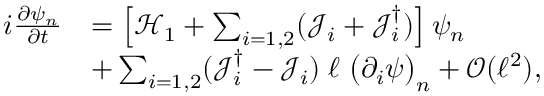
\begin{array} { r } { \begin{array} { r l } { i \frac { \partial \psi _ { n } } { \partial t } } & { = \left[ \mathcal { H } _ { 1 } + \sum _ { i = 1 , 2 } ( \mathcal { J } _ { i } + \mathcal { J } _ { i } ^ { \dagger } ) \right] \psi _ { n } } \\ & { + \sum _ { i = 1 , 2 } ( \mathcal { J } _ { i } ^ { \dagger } - \mathcal { J } _ { i } ) \; \ell \; \big ( \partial _ { i } \psi \big ) _ { n } + \mathcal { O } ( \ell ^ { 2 } ) , } \end{array} } \end{array}